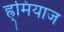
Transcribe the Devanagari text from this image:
ह्र्मियाज